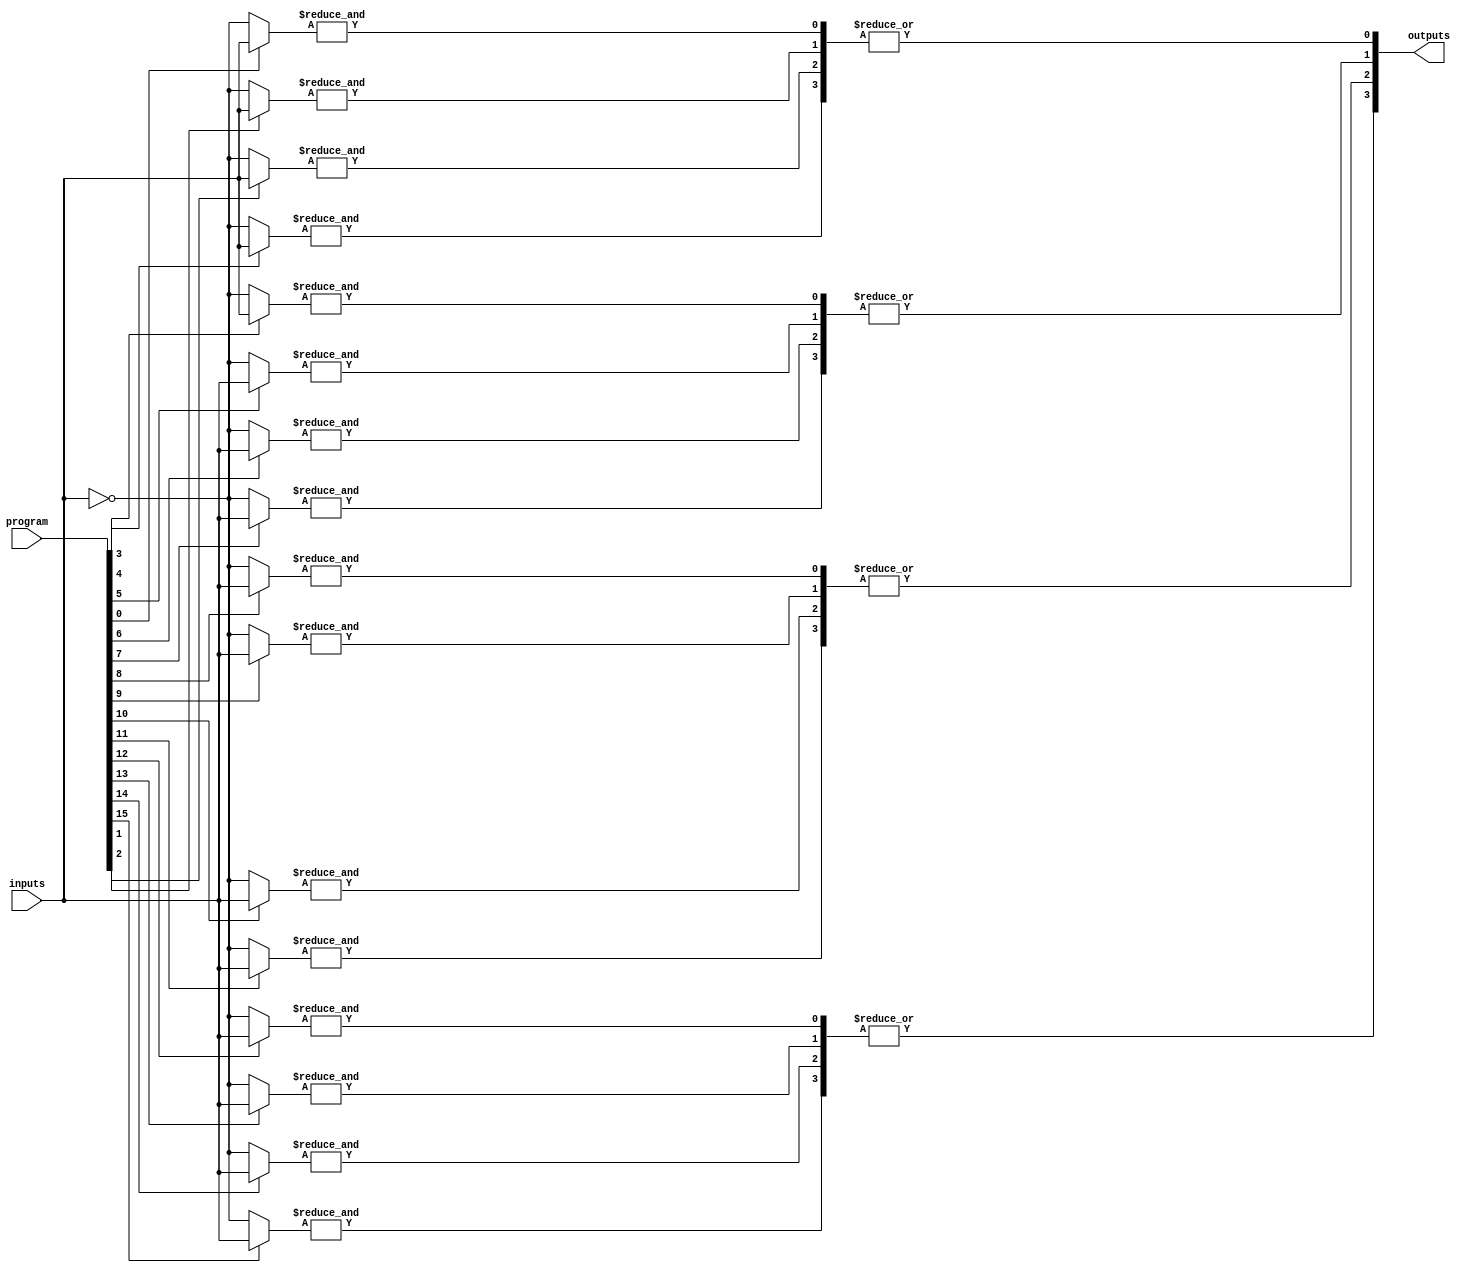
module jewel_pal (
    input wire [N-1:0] inputs,           // N input signals
    input wire [M-1:0] program,          // Programming signals for AND array
    output wire [P-1:0] outputs           // P output signals
);

// Parameters
parameter N = 8; // Number of inputs
parameter M = 16; // Number of AND gates
parameter P = 4; // Number of OR outputs

// Internal wire declarations
wire [M-1:0] and_outputs; // Outputs from the AND gates

// Programmable AND Array
generate
    genvar i, j;
    for (i = 0; i < M; i = i + 1) begin : and_array
        wire [N-1:0] and_inputs; // Inputs to the i-th AND gate
        assign and_inputs = program[i] ? inputs : ~inputs; // Inversion based on programming signal
        assign and_outputs[i] = &and_inputs; // AND operation
    end
endgenerate

// Fixed OR Array
generate
    for (j = 0; j < P; j = j + 1) begin : or_array
        assign outputs[j] = |and_outputs[j*M/P +: M/P]; // OR operation on a subset of AND outputs
    end
endgenerate

endmodule